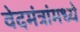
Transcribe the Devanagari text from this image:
वेदमंत्रांमध्ये